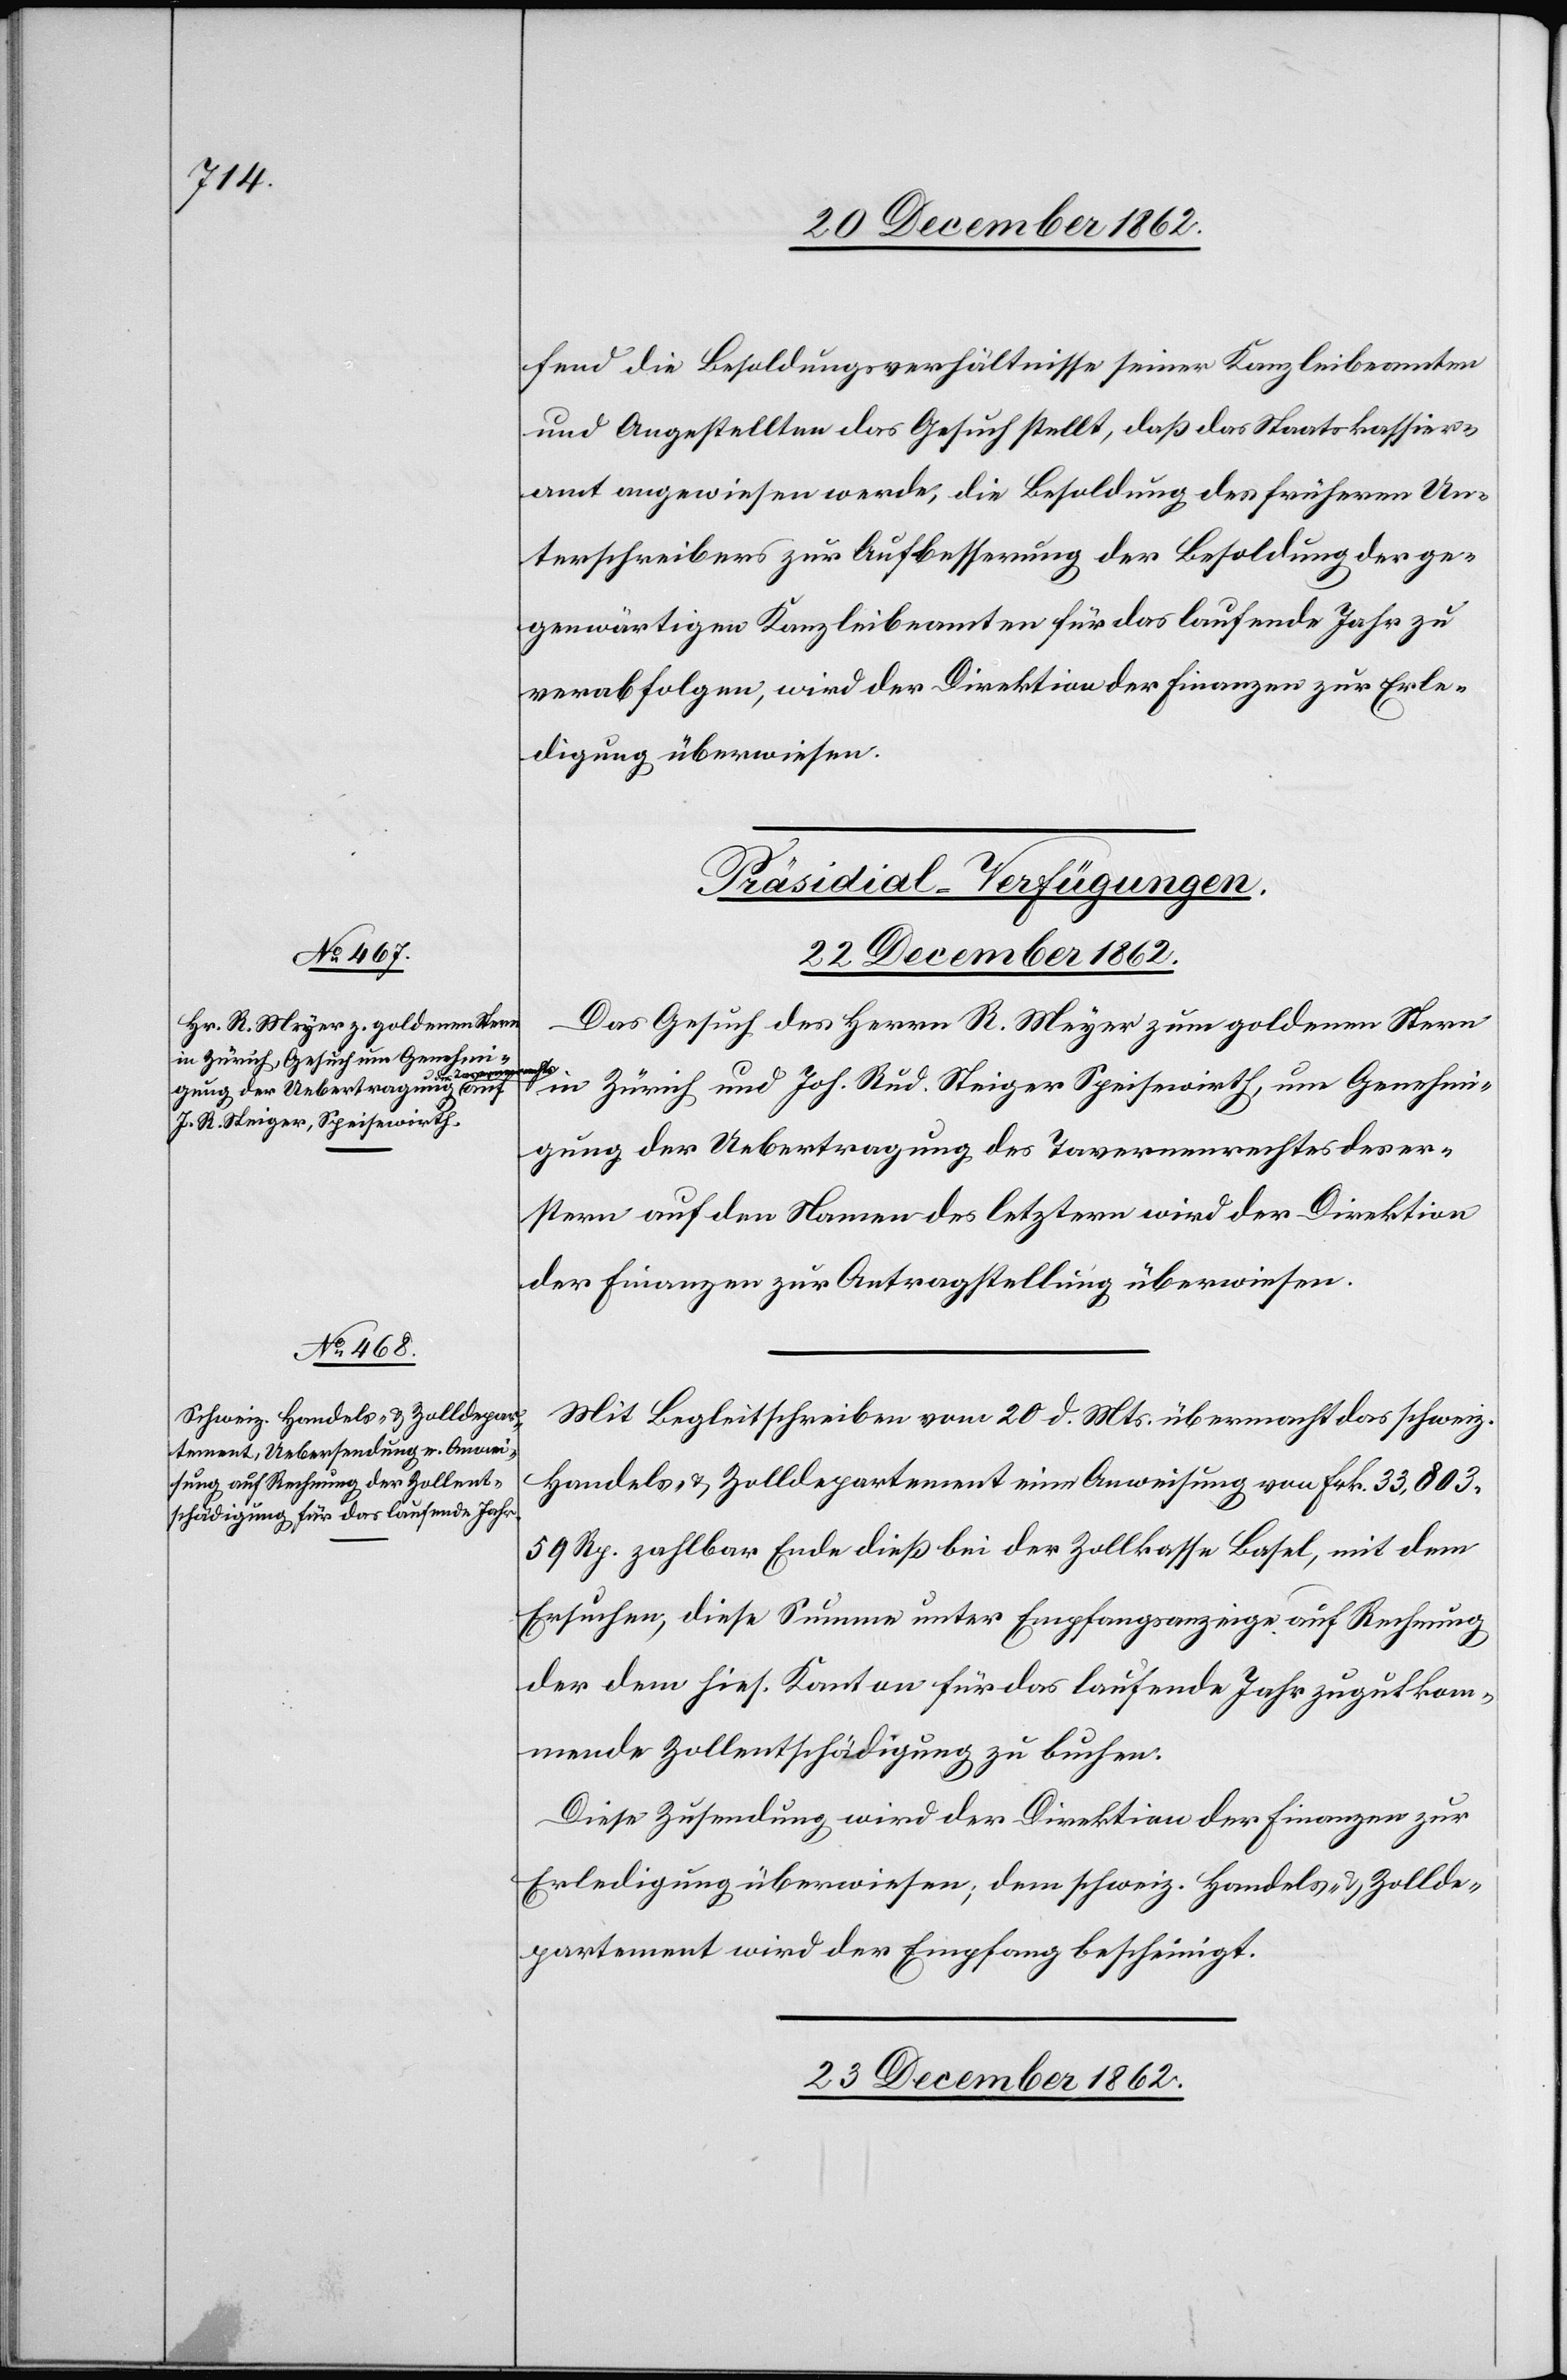
fend die Besoldungsverhältnisse seiner Kanzleibeamten
und Angestellten das Gesuch stellt, daß das Staatskassier¬
amt angewiesen werde, die Besoldung des früheren Un¬
terschreibers zur Aufbesserung der Besoldung der ge¬
genwärtigen Kanzleibeamten für das laufende Jahr zu
verabfolgen, wird der Direktion der Finanzen zur Erle¬
digung überwiesen.
[Präsidial-Verfügungen.]
22. December 1862.
Das Gesuch des Herrn R. Meyer zum goldenen Stern
in Zürich und Joh. Rud. Steiger Speisewirth, um Genehmi¬
gung der Uebertragung des Tavernenrechtes des er¬
stern auf den Namen des letztern wird der Direktion
der Finanzen zur Antragstellung überwiesen.
Mit Begleitschreiben vom 20. d. Mts. übermacht das schweiz.
Handels- u. Zolldepartement eine Anweisung von Frk. 33,803
59 Rp. zahlbar Ende dieß bei der Zollkasse Basel, mit dem
Ersuchen, diese Summe unter Empfangsanzeige auf Rechnung
der dem hies. Kanton für das laufende Jahr zugutkom¬
mende Zollentschädigung zu buchen.
Diese Zusendung wird der Direktion der Finanzen zur
Erledigung überwiesen, dem schweiz. Handels- u. Zollde¬
partement wird der Empfang bescheinigt.
23. December 1862.